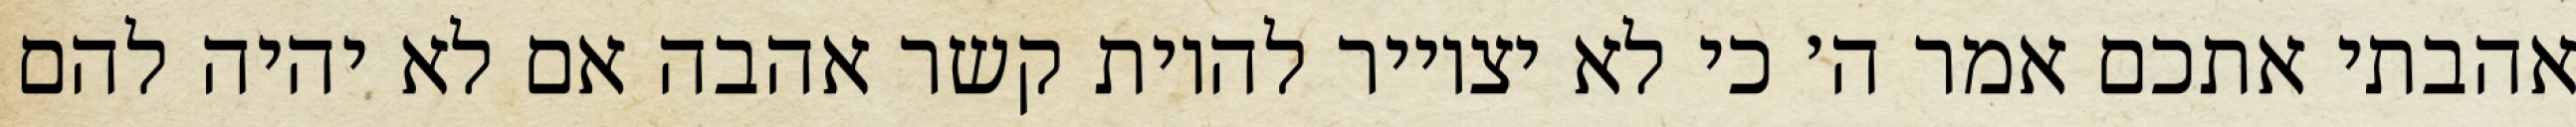
אהבתי אתכם אמר ה׳ כי לא יצוייר להיות קשר אהבה אם לא יהיה להם